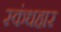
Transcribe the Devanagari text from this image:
स्कंधहार